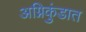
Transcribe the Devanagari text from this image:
अग्निकुंडात